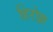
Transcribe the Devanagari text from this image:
हिरोझ